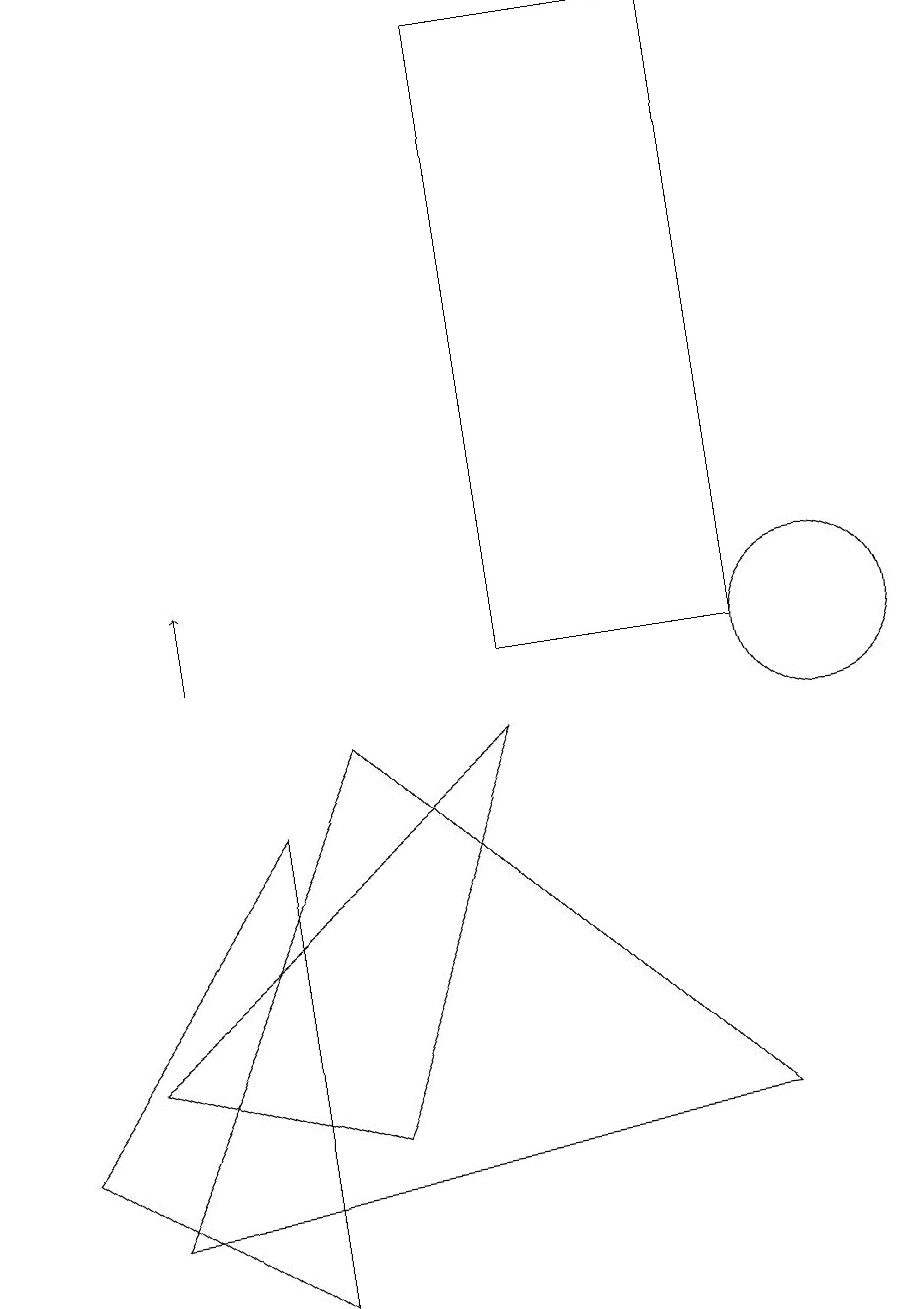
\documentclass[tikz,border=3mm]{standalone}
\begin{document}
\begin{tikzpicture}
\draw (10,10) circle (1);
\draw (1,5) -- (6,9) -- (4,4) -- cycle;
\draw[->] (2,10) -- (2,11);
\draw (1,3) -- (9,4) -- (4,9) -- cycle;
\draw (9,18) rectangle (6,10);
\draw (3,2) -- (3,8) -- (0,4) -- cycle;
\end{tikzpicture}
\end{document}